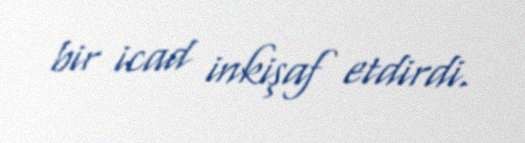
bir icad inkişaf etdirdi.